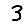
Digit: 3